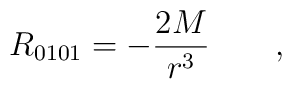
R_{0101}=-\frac{2M}{r^3}\qquad ,